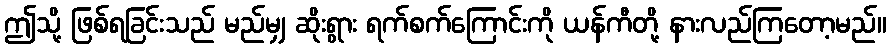
ဤသို့ ဖြစ်ရခြင်းသည် မည်မျှ ဆိုးရွား ရက်စက်ကြောင်းကို ယန်ကီတို့ နားလည်ကြတော့မည်။